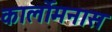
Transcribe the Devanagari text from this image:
कार्लोमनास